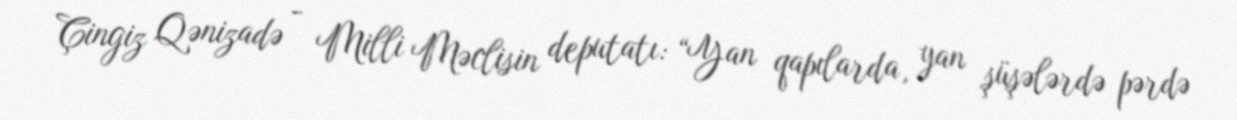
Çingiz Qənizadə - Milli Məclisin deputatı: “Yan qapılarda, yan şüşələrdə pərdə